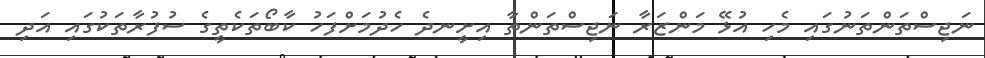
ނަޖިސްތަންތަނުގައި މެހި އުޅޭ މަންޒަރާ ނަޖިސްތަންތާ އިށީނދެ ހެދުމަށްފަހު ކާބޯތަކެތީގެ ސުފުރާތަކުގައި އަދި